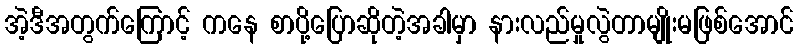
အဲ့ဒီအတွက်ကြောင့် ကနေ စာပို့ပြောဆိုတဲ့အခါမှာ နားလည်မှုလွဲတာမျိုးမဖြစ်အောင်